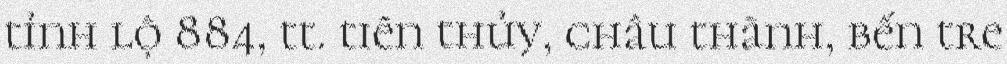
tỉnh lộ 884, tt. tiên thủy, châu thành, bến tre